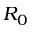
R _ { 0 }